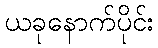
ယခုနောက်ပိုင်း